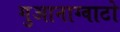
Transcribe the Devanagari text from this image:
गुआनाग्वाटो